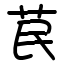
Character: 苠